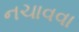
નચાવવા